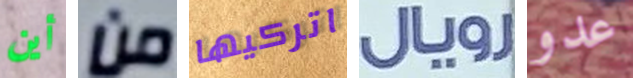
أين من اتركيها رويال عدو